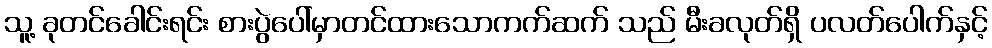
သူ့ ခုတင်ခေါင်းရင်း စားပွဲပေါ်မှာတင်ထားသောကက်ဆက် သည် မီးခလုတ်ရှိ ပလတ်ပေါက်နှင့်